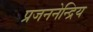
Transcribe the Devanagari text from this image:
प्रजननेन्द्रिय